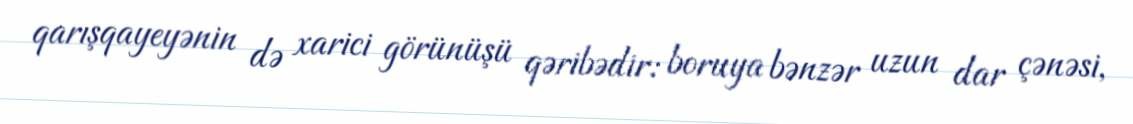
qarışqayeyənin də xarici görünüşü qəribədir: boruya bənzər uzun dar çənəsi,